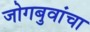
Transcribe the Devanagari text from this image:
जोगबुवांचा